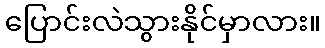
ပြောင်းလဲသွားနိုင်မှာလား။